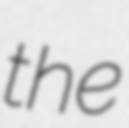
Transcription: the